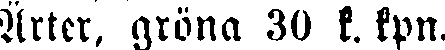
Ärter, gröna 30 k. kpn.